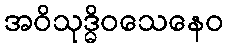
အဝိသုဒ္ဓိဝသေနေဝ